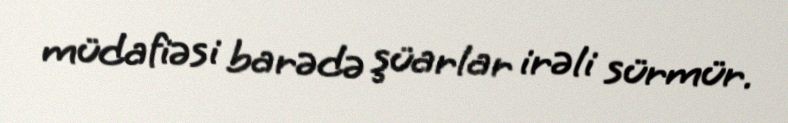
müdafiəsi barədə şüarlar irəli sürmür.